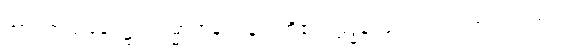
အာဂတဌာနေ၊ ၌။ ကမ္မာရာနံ၊ ပန်းပဲတို့၏။ ဠဒ္ဓနံ၊ ဖိုလ်ဝ်။ ဝံ၊ တင်းကုတ်ဝ်။